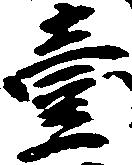
壱